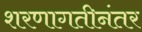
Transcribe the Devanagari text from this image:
शरणागतीनंतर